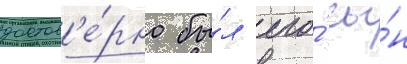
достов'е́рно бы́л его́ сы́н